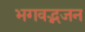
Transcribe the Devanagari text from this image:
भगवद्भजन